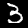
Label: 3